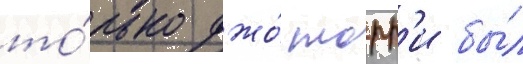
то́лько джо́ торр'и бы́л